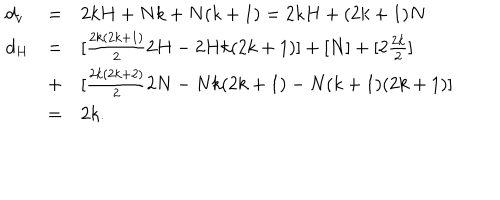
\begin{array} { l l l } { { d _ { v } } } & { { = } } & { { 2 k H + N k + N ( k + 1 ) = 2 k H + ( 2 k + 1 ) N } } \\ { { d _ { H } } } & { { = } } & { { [ \frac { 2 k ( 2 k + 1 ) } { 2 } 2 H - 2 H k ( 2 k + 1 ) ] + [ N ] + [ 2 \frac { 2 k } { 2 } ] } } \\ { { } } & { { + } } & { { [ \frac { 2 k ( 2 k + 2 ) } { 2 } 2 N - N k ( 2 k + 1 ) - N ( k + 1 ) ( 2 k + 1 ) ] } } \\ { { } } & { { = } } & { { 2 k . } } \\ \end{array}